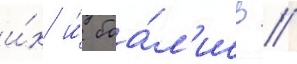
и́х и́ боа́л'ись //